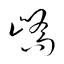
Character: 嶠